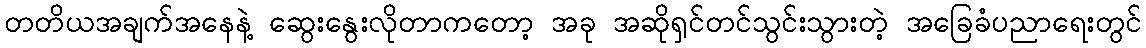
တတိယအချက်အနေနဲ့ ဆွေးနွေးလိုတာကတော့ အခု အဆိုရှင်တင်သွင်းသွားတဲ့ အခြေခံပညာရေးတွင်